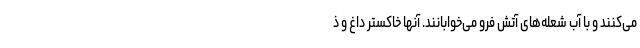
می‌کنند و با آب شعله‌های آتش فرو می‌خوابانند. آنها خاکستر داغ و ذ